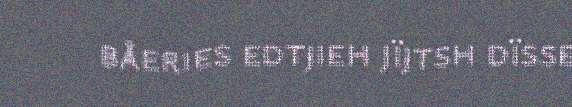
båeries edtjieh jïjtsh dïsse